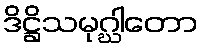
ဒိဋ္ဌိသမုဂ္ဃါတော